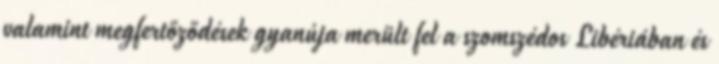
valamint megfertőződések gyanúja merült fel a szomszédos Libériában és